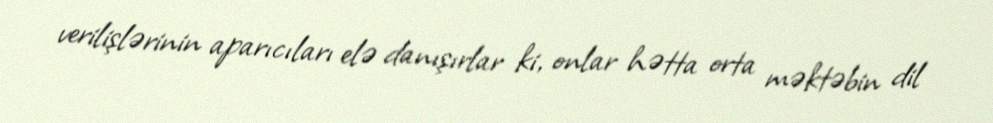
verilişlərinin aparıcıları elə danışırlar ki, onlar hətta orta məktəbin dil